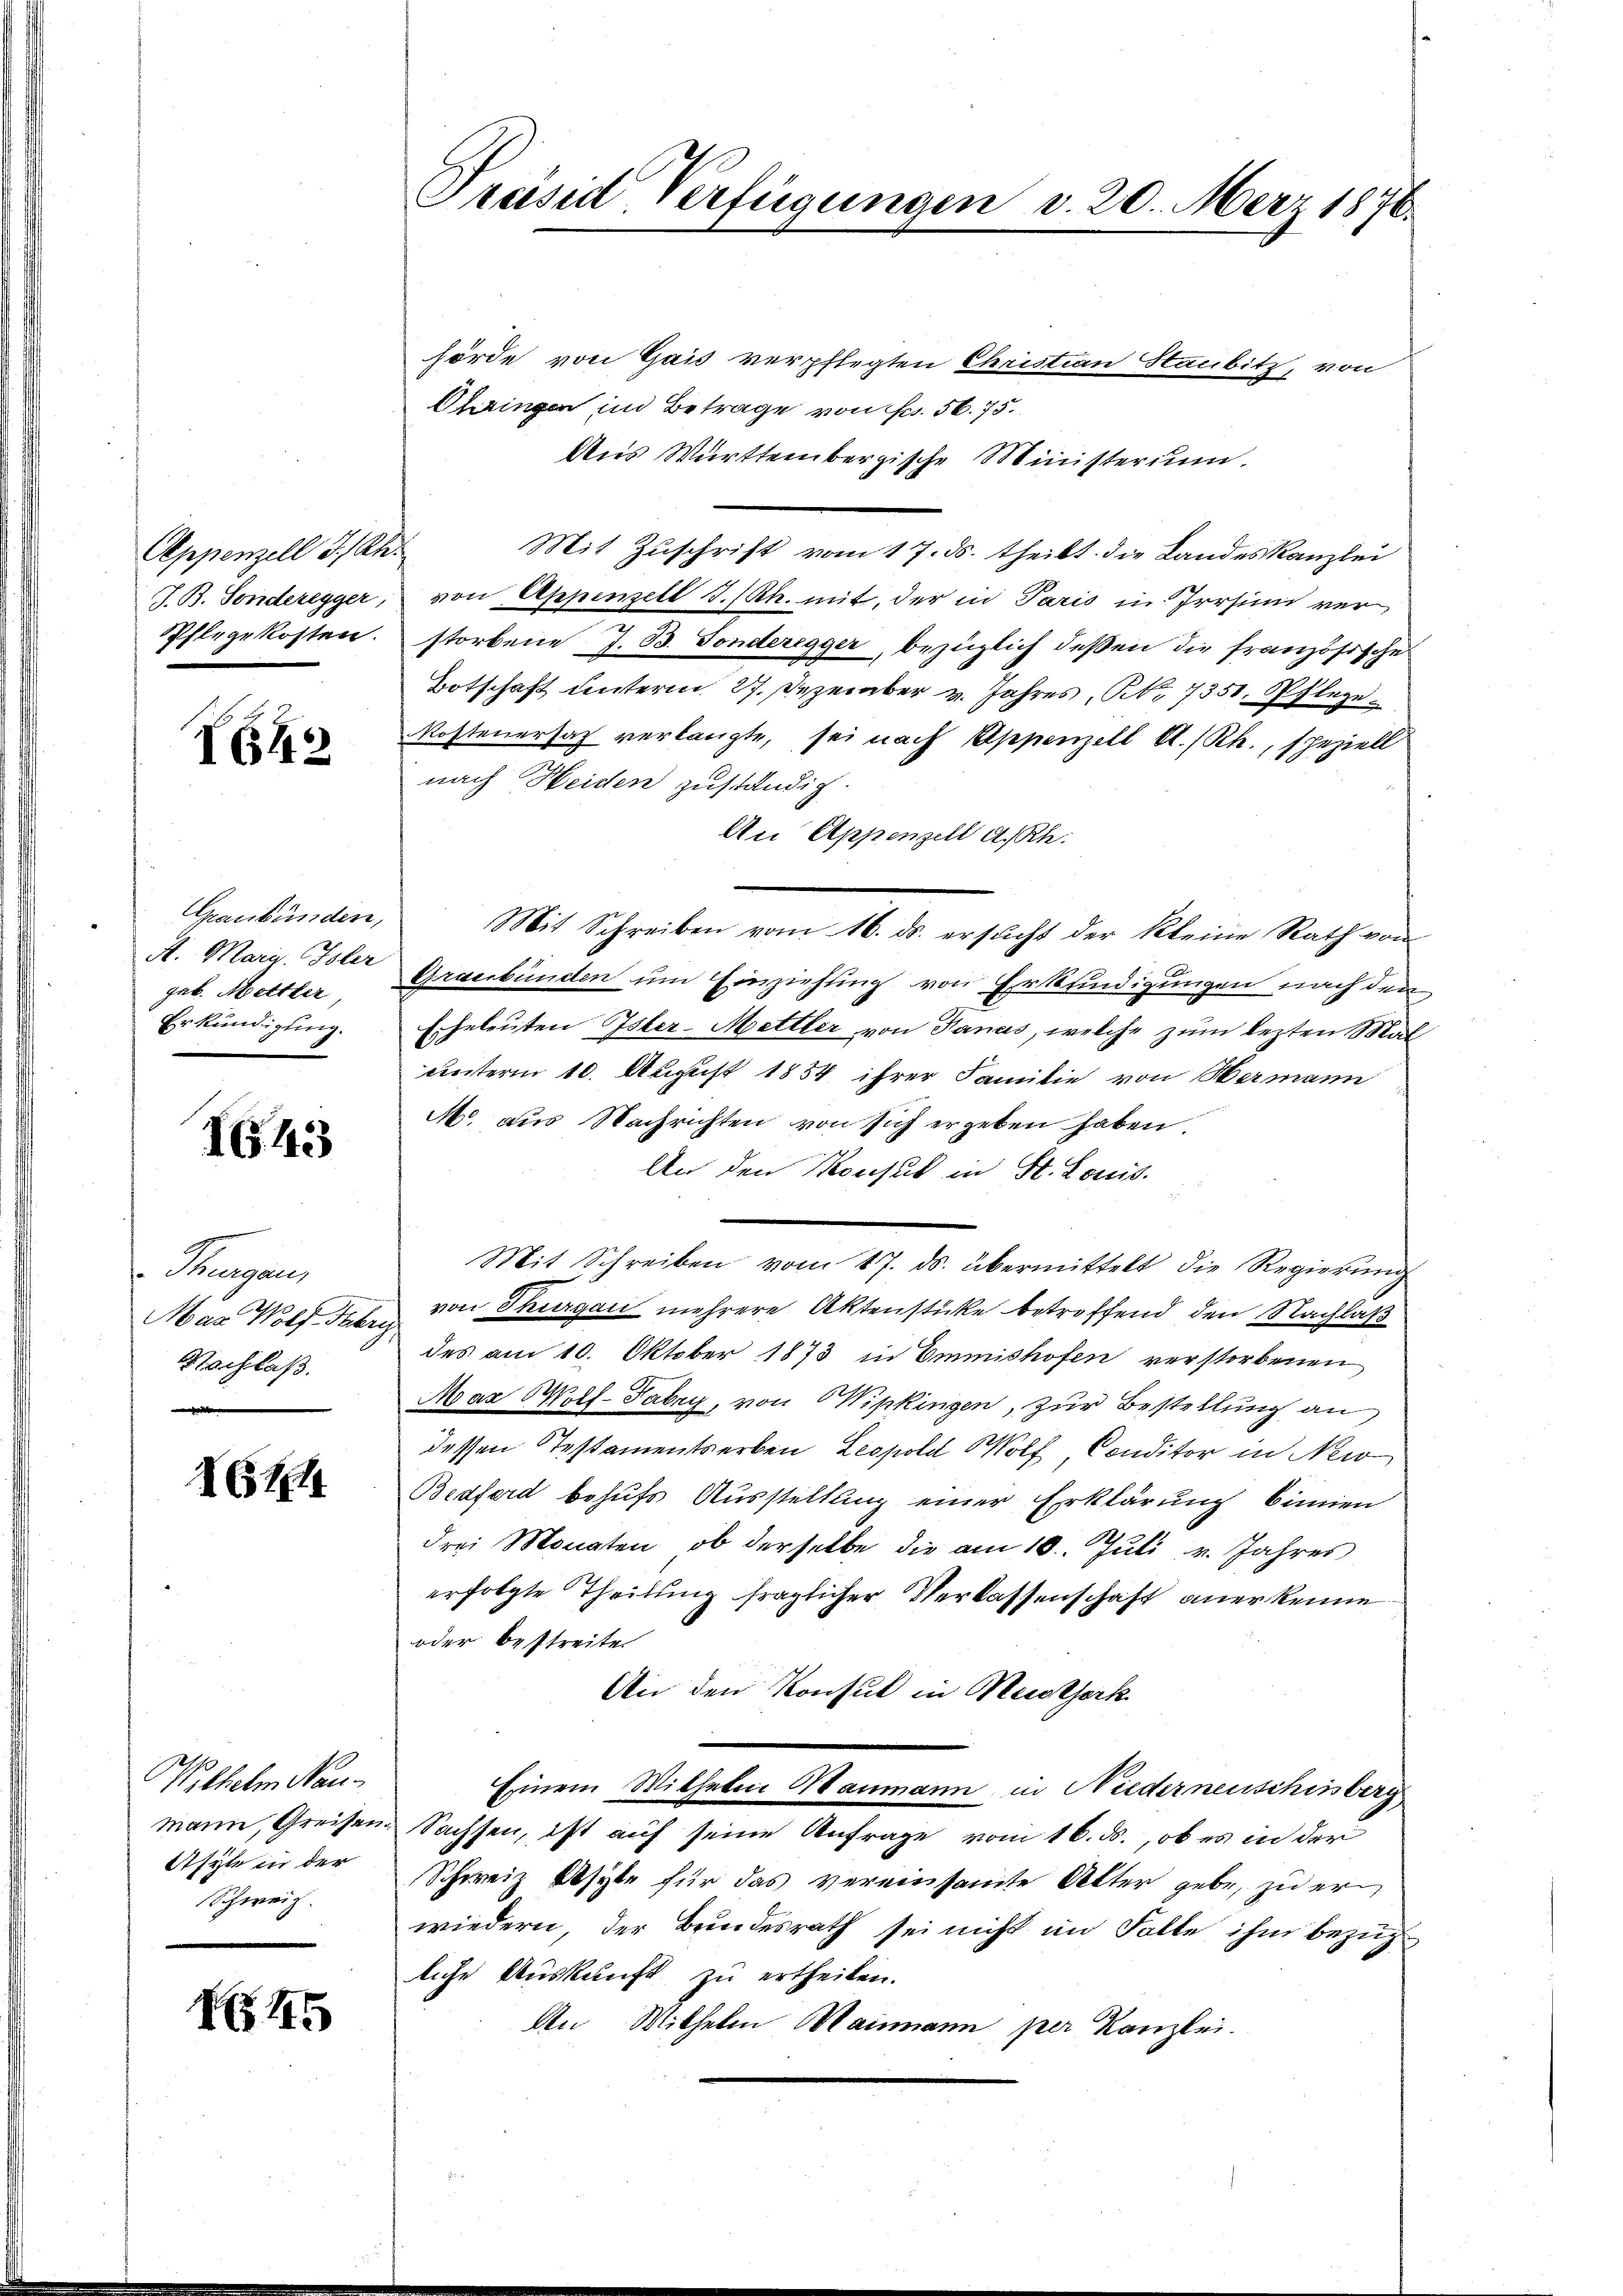
Appenzell I/Rh.
Phlegekosten.

X12

Graubünden,
gab. Mettler,
Erkundigung.

I643

Thurgau,
Mas Wolf Fabri
Nachlaß.

26t

Wilhelm Nau
mann, Greisen
Asyte in der
Schweiz.

N 15

Präsid-Verfügungen d. 20. März 1876.

hörde von Gais verpflegten Christian Staubitz, von
Ohringen im Betrage von Fr. 56. 75.
Aus Württembergische Ministerium.
Mit Zuschrift vom 17. ds. theilt die Landeskanzlei
J. B. Sonderegger, von Appenzell I.Rh. mit, der in Paris in Irrsinn ver
storbene J. 33. Fonderegger, bezüglich deßen die französisches
Botschaft unterm 27. Dezember v. Jahres, No 7351. Pflege
Kostenersach verlangte, sei nach Appenzell A.-Rh., speziell
nach Heiden zuständig.
An Appenzell A.Rh.
Mit Schreiben vom 16. ds. ersucht der kleine Rath von
A. Marg. Isler Graubünden ŭm Einziehung von Erkundigungen nach den
Eheleuten Isler-Mettler von Danas, welche zum lezten Malunterm 10. August 1854 ihrer Familie von Wermann
Mo. aus Nachrichten von sich ergeben haben.
An den Konsul in St. Louis.
Mit Schreiben vom 17. ds. übermittelt die Regierung
von Thurgau mehrere Aktenstücke betreffend den Nachlaß
des am 10. Oktober 1873 in Emmishofen verstorbenen
Max Wott-Fabry, von Wipkingen, zur Bestellung an
dessen Testamentserben, Leopold Wolf Conditor in Nei
Bedferd behufs Ausstellung einer Erklärung binnen
drei Monaten, ob derselbe die am 10. Juli v. Jahres
erfolgte Theilung fraglicher Verlassenschaft anerkenne
oder bestreiten
An den Konsul in Meisterk
Einem Wilhelm Maumann, in Niederneuschussberg
Sachsen, ist auf seine Anfrage vom 16. ds., ob es in der
Schweiz Asyte für das vereinsamte Alter gebe, zu erwiedern, der Bundesrath sei nicht im Falle ihm bezüg
liche Auskunft zu ertheilen.
An Mithelm Maimann per Kanzlei.